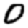
Digit: 0